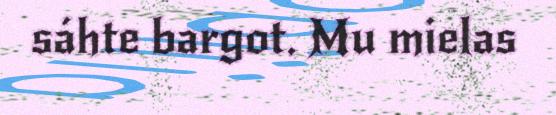
sáhte bargot. Mu mielas